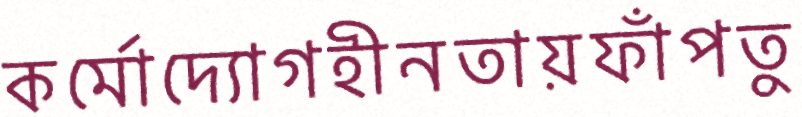
কর্মোদ্যোগহীনতায়ফাঁপতু